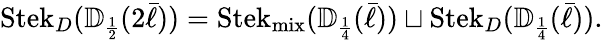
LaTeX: \operatorname{Stek}_{D}({\mathbb{D}}_{\scriptscriptstyle{\frac{1}{2}}}(2\bar{\ell}))=\operatorname{Stek}_{\operatorname{mix}}({\mathbb{D}}_{\scriptscriptstyle{\frac{1}{4}}}(\bar{\ell}))\sqcup\operatorname{Stek}_{D}({\mathbb{D}}_{\scriptscriptstyle{\frac{1}{4}}}(\bar{\ell})).